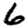
Digit: 6